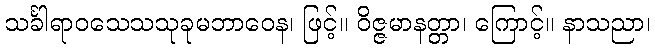
သင်္ခါရာဝသေသသုခုမဘာဝေန၊ ဖြင့်။ ဝိဇ္ဇမာနတ္တာ၊ ကြောင့်။ နာသညာ၊